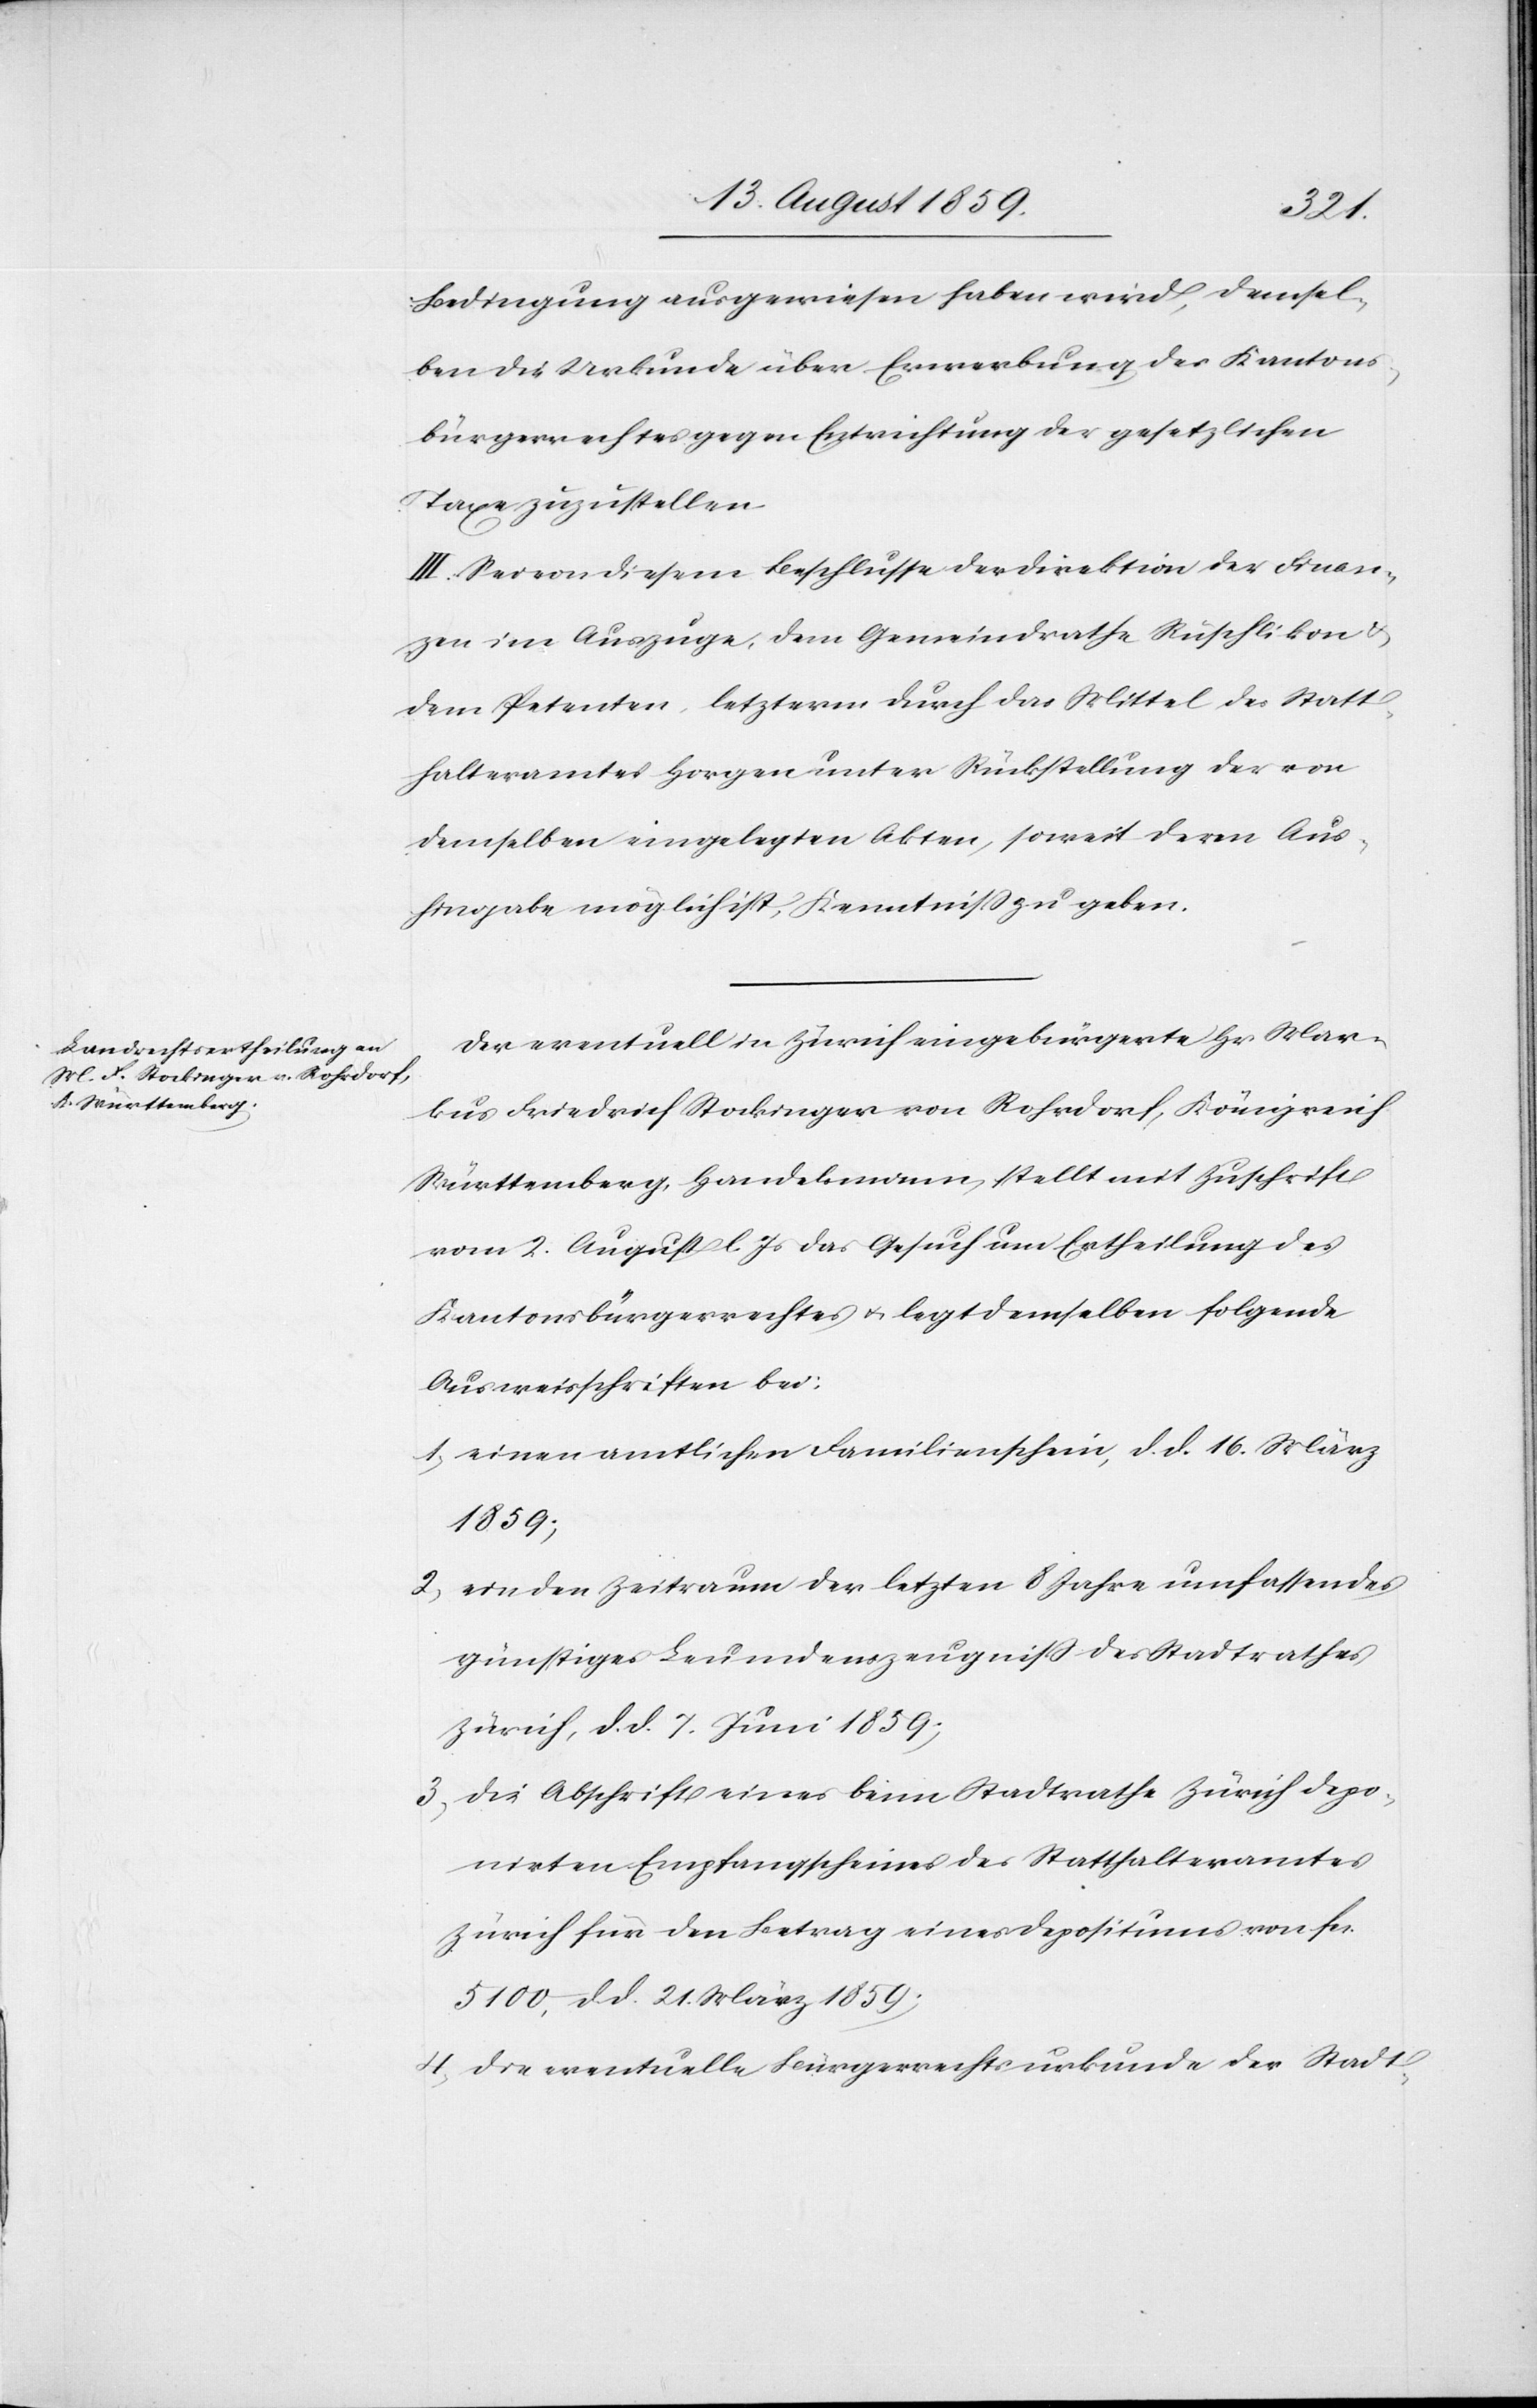
Bedingung ausgewiesen haben wird, demsel¬
ben die Urkunde über Erwerbung des Kantons¬
bürgerrechtes gegen Entrichtung der gesetzlichen
Taxe zuzustellen.
III. Sei von diesem Beschlusse der Direktion der Finan¬
zen im Auszuge, dem Gemeindrathe Rüschlikon
dem Petenten, letzterm durch das Mittel des Statt¬
halteramtes Horgen unter Rückstellung der von
demselben eingelegten Akten, soweit deren Aus¬
hingabe möglich ist, Kenntniß zu geben.
Der eventuell in Zürich eingebürgerte Hr. Mar¬
kus Friedrich Stockinger von Rohrdorf, Königreich
Württemberg, Handelsmann, stellt mit Zuschrift
vom 2. August l. Js. das Gesuch um Ertheilung des
Kantonsbürgerrechtes u. legt demselben folgende
Ausweisschriften bei:
1. einen amtlichen Familienschein, d. d. 16. März
1859;
2. ein den Zeitraum der letzten 8 Jahre umfassendes
günstiges Leumdenszeugniß des Stadtrathes
Zürich, d. d. 7. Juni 1859;
3. die Abschrift eines beim Stadtrathe Zürich depo¬
nirten Empfangscheines des Statthalteramtes
Zürich für den Betrag eines Depositums von fcs.
5100. d. d. 21. März 1859;
4. die eventuelle Bürgerrechtsurkunde der Stadt-